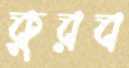
কুরব